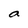
Character: a